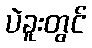
ပဲခူးတွင်